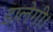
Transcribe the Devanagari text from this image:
डालेगी।